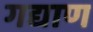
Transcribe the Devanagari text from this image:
गद्याण